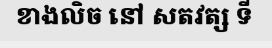
ខាងលិច នៅ សតវត្ស ទី